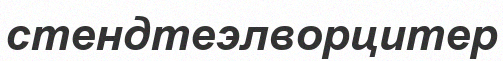
стендтеэлворцитер